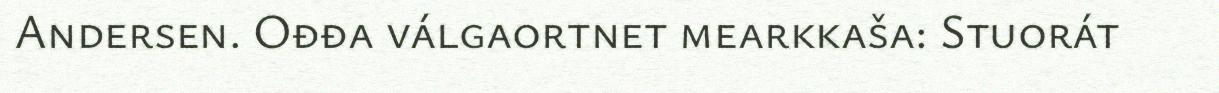
Andersen. Ođđa válgaortnet mearkkaša: Stuorát